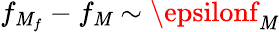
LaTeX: f_{\mathit{M}_{f}}-f_{\mathit{M}}\sim\epsilonf_{\mathit{M}}